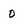
Character: 0